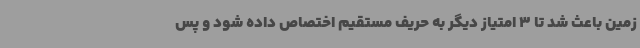
زمین باعث شد تا 3 امتیاز دیگر به حریف مستقیم اختصاص داده شود و پس